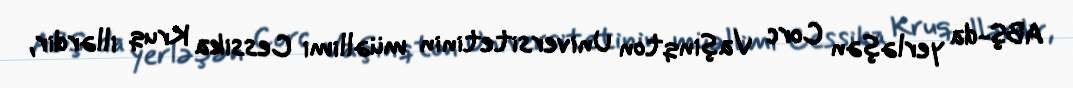
ABŞ-da yerləşən Corc Vaşinqton Universitetinin müəllimi Cessika Kruq illərdir,